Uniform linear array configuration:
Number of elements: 12
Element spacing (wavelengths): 1
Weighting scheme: binomial
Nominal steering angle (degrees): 60
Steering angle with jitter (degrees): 61.344
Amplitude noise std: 0.05
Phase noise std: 0.05

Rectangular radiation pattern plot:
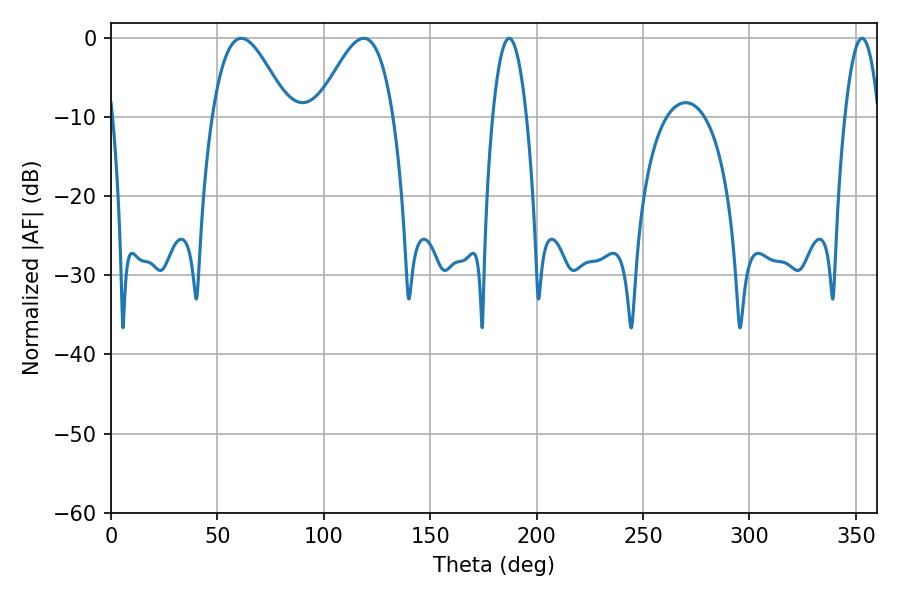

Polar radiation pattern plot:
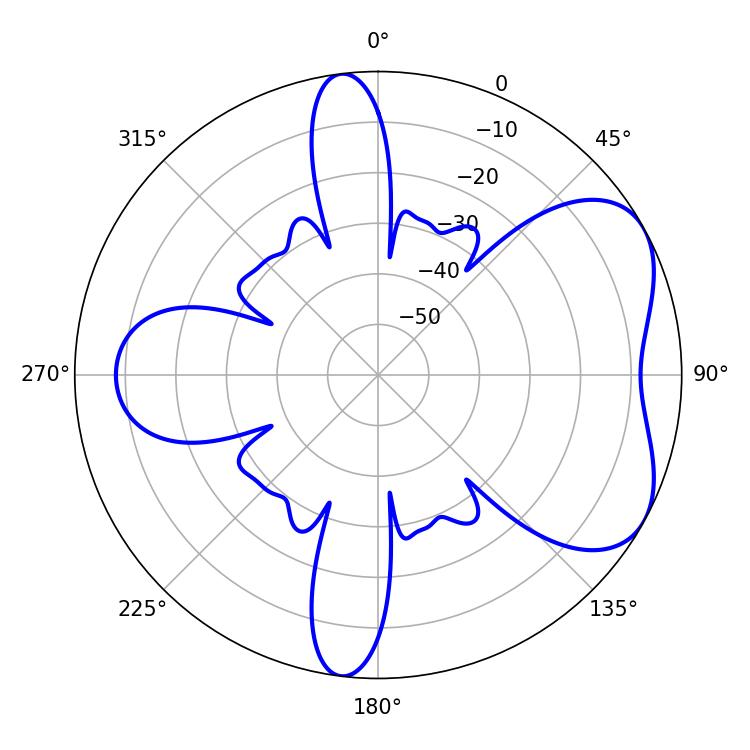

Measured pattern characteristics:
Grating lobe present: TRUE
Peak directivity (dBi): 5.393
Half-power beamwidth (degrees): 19.26
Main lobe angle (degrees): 61.2